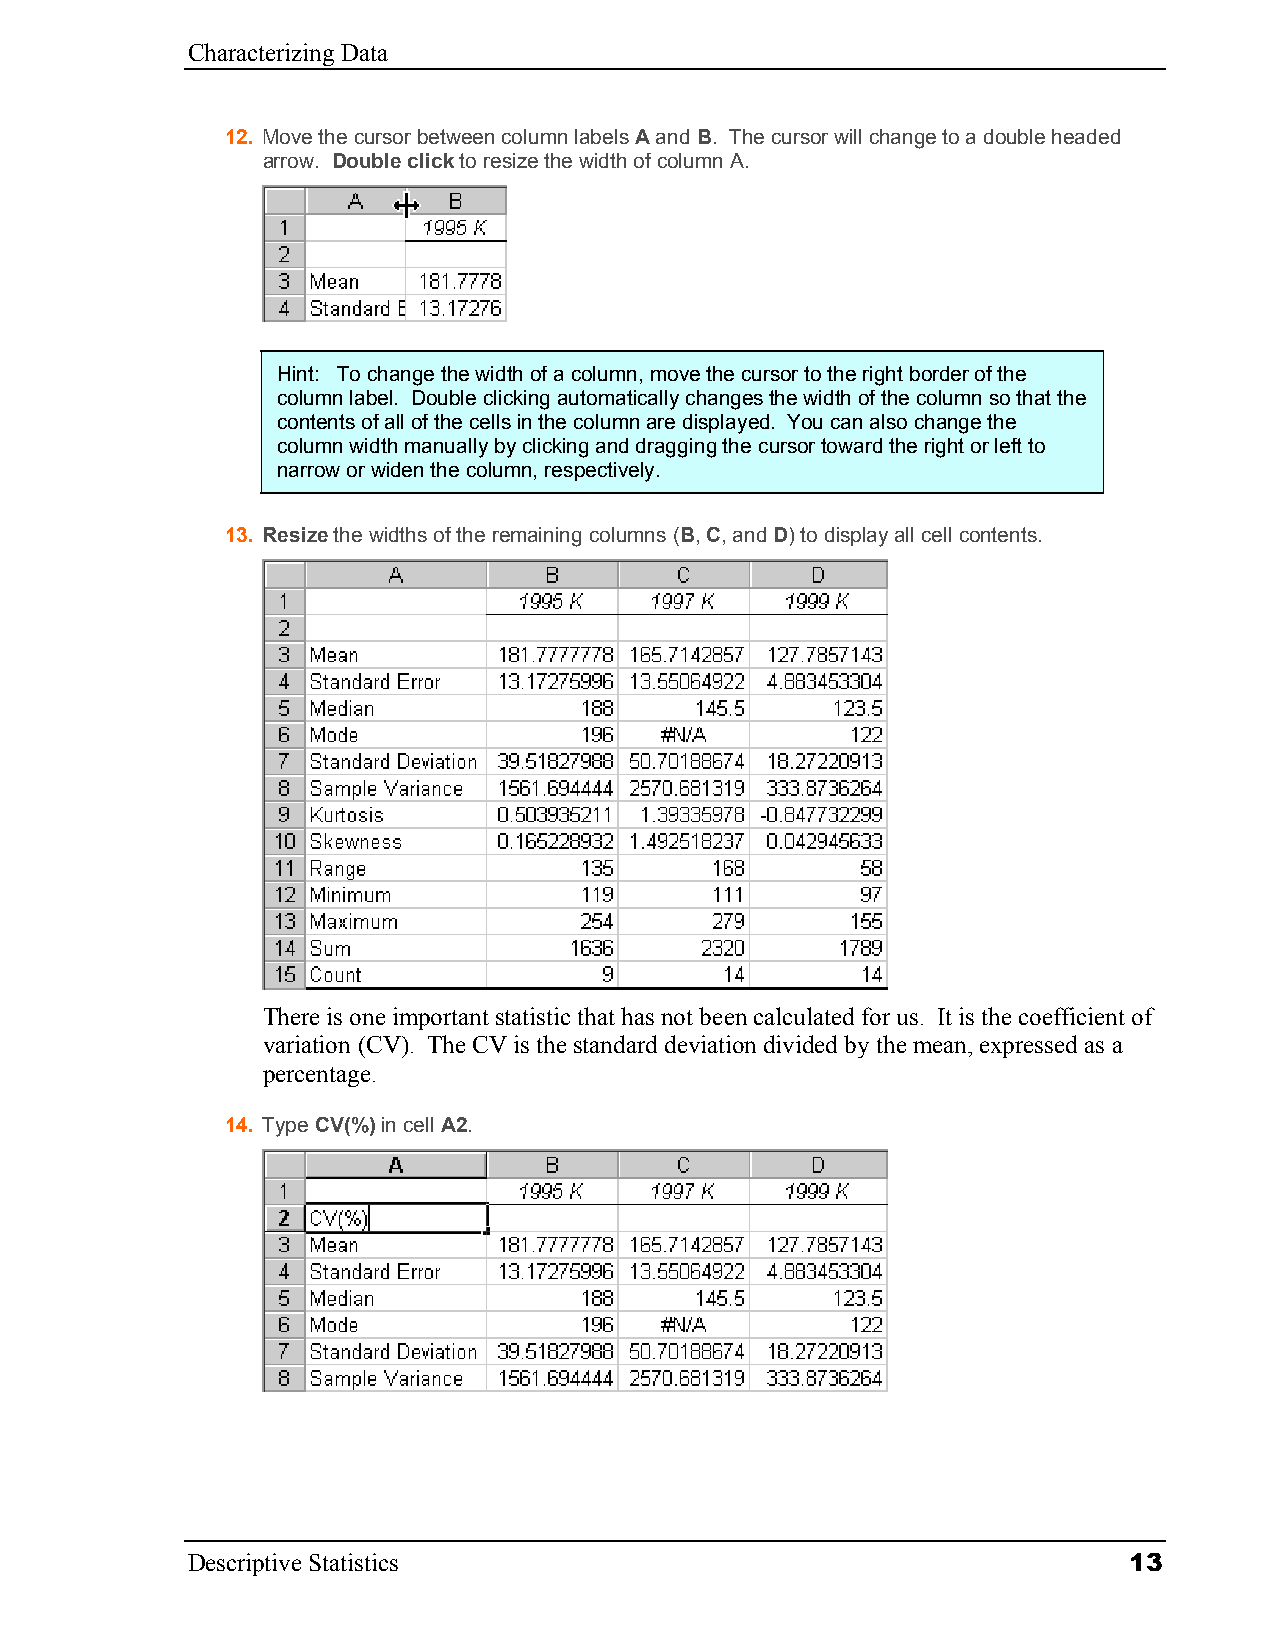
Characterizing Data
 12. Move the cursor between column labels A and B. The cursor will change to a double headed
 arrow. Double click to resize the width of column A.
 Hint: To change the width of a column, move the cursor to the right border of the
 column label. Double clicking automatically changes the width of the column so that the
 contents of all of the cells in the column are displayed. You can also change the
 column width manually by clicking and dragging the cursor toward the right or left to
 narrow or widen the column, respectively.
 13. Resize the widths of the remaining columns (B, C, and D) to display all cell contents.
 There is one important statistic that has not been calculated for us. It is the coefficient of
 variation (CV). The CV is the standard deviation divided by the mean, expressed as a
 percentage.
 14. Type CV(%) in cell A2.
 Descriptive Statistics                                         13